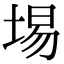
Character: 埸